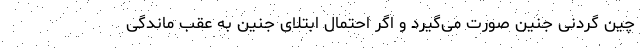
چینِ گردنی جنین صورت می‌گیرد و اگر احتمال ابتلای جنین به عقب ماندگی